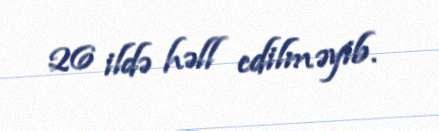
26 ildə həll edilməyib.